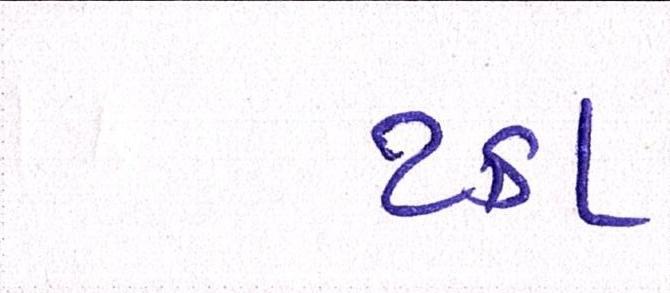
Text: ટકા